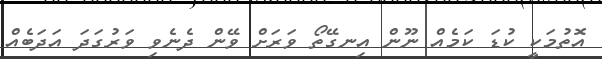
އޮތުމަކީ ކުޑަ ކަމެއް ނޫން އިނގޭތޯ ވަރަށް ވޭން ދެނެވި ވަރުގަދަ އަދަބެއް